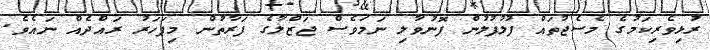
ރުޅިވެރިކަމުގެ މެސެޖުތައް ފުލުފުލުން ފޮނުވާލި ނަމަވެސް ޖަޒްލާގެ ފަރާތުން މިފަހަރު ރައްދެއް ނައެވެ.